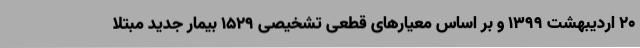
20 اردیبهشت 1399 و بر اساس معیارهای قطعی تشخیصی 1529 بیمار جدید مبتلا